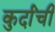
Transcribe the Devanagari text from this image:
कुर्दांची